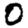
Digit: 0